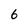
Character: 6